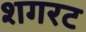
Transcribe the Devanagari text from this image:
शगरट